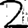
Digit: 2